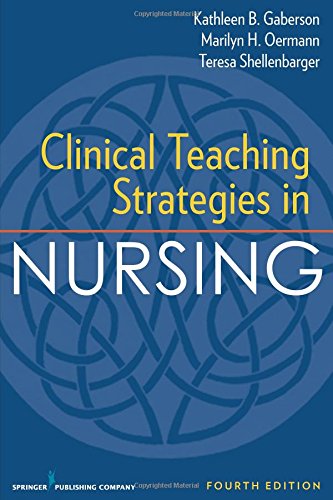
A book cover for Clinical Teaching Strategies in Nursing, Fourth Edition (Clinical Teaching Strategies in Nursings); Kathleen Gaberson PhD  RN  CNOR  CNE  ANEF; Medical Books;